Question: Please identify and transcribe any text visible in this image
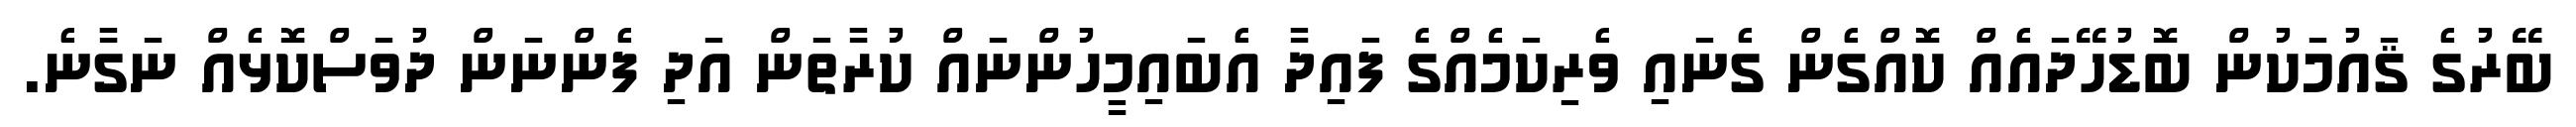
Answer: ބޭރުގެ ޤައުމަކުން ބޮޑުހޭދައެއް ކޮއްގެން ގެނައި ވެރިކަމެއްގެ ފައިދާ އެބައިމީހުންނައް ކުރާތަން އަދި ފެންނަން ދުވަސްކޮޅެއް ނަގާނެ.